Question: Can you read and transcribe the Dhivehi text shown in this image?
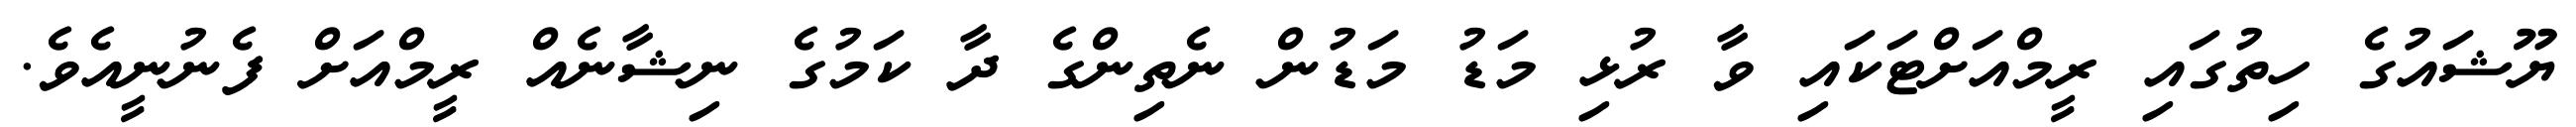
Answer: ޔޫޝައުގެ ހިތުގައި ރީމްއަށްޓަކައި ވާ ރުޅި މަޑު މަޑުން ނެތިންގެ ދާ ކަމުގެ ނިޝާނެއް ރީމްއަށް ފެނުނީއެވެ.